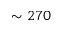
\sim 2 7 0